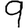
Digit: 9